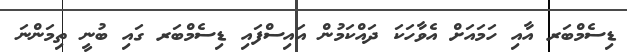
ޑިސެމްބަރ އާއި ހަމައަށް އެވާހަކަ ދައްކަމުން އައިސްފައި ޑިސެމްބަރ ގައި ބުނީ ތިމަންނަ